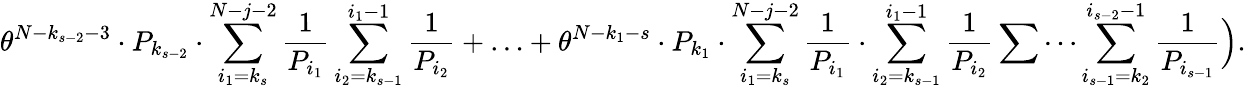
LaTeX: \theta^{N-k_{s-2}-3}\cdot P_{k_{s-2}}\cdot\sum_{i_{1}=k_{s}}^{N-j-2}\frac{1}{P_{i_{1}}}\sum_{i_{2}=k_{s-1}}^{i_{1}-1}\frac{1}{P_{i_{2}}}+\ldots+\theta^{N-k_{1}-s}\cdot P_{k_{1}}\cdot\sum_{i_{1}=k_{s}}^{N-j-2}\frac{1}{P_{i_{1}}}\cdot\sum_{i_{2}=k_{s-1}}^{i_{1}-1}\frac{1}{P_{i_{2}}}\sum\cdots\sum_{i_{s-1}=k_{2}}^{i_{s-2}-1}\frac{1}{P_{i_{s-1}}}\Big).